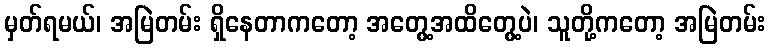
မှတ်ရမယ်၊ အမြဲတမ်း ရှိနေတာကတော့ အတွေ့အထိတွေ့ပဲ၊ သူတို့ကတော့ အမြဲတမ်း